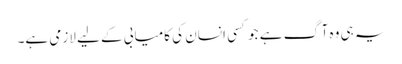
یہ ہی وہ آگ ہے جو کسی انسان کی کامیابی کے لیے لازمی ہے۔